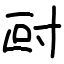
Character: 尀